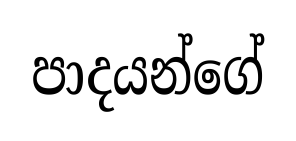
පාදයන්ගේ